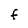
Character: F